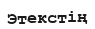
Этекстің